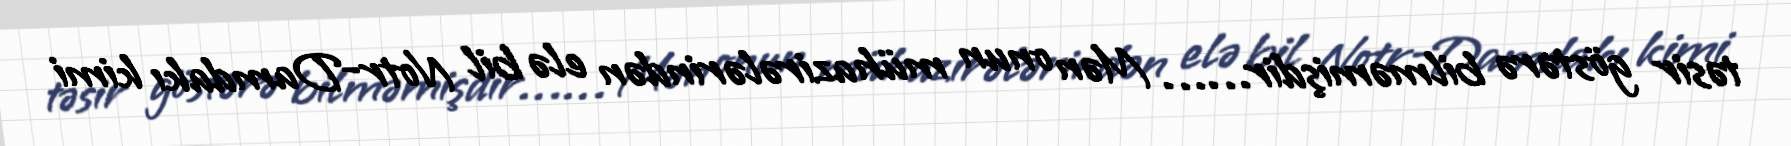
təsir göstərə bilməmişdir…… Mən onun mühazirələrindən elə bil Notr-Damdakı kimi